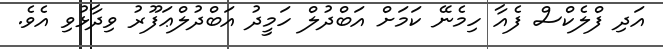
އަދި ފްލެކްސް ފެއާ ހިމެނޭ ކަަމަށް އަބްދުލް ހަމީދު އަބްދުލްޢަފޫރު ވިދާޅުވި އެވެ.